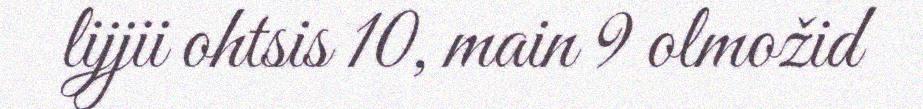
lijjii ohtsis 10, main 9 olmožid